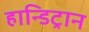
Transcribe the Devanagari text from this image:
हान्डिट्रान